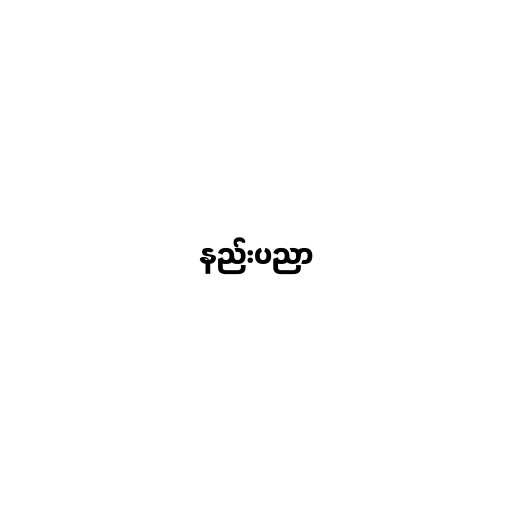
နည်းပညာ